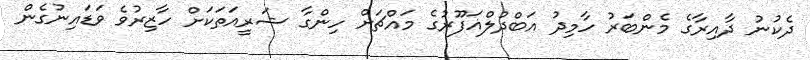
ދެކުނު ދާއިރާގެ މެންބަރު ހާމިދު އަބްދުލްޣަފޫރުގެ މައްޗަށް ހިންގާ ޝަރީއަތަކަށް ހާޒިރުވެ ވަޑައިނުގެން